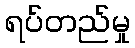
ရပ်တည်မှု